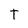
Character: t